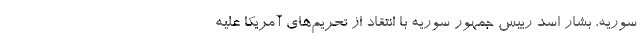
سوریه، بشار اسد رییس جمهور سوریه با انتقاد از تحریم‌های آمریکا علیه